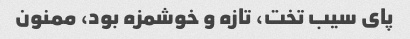
پای سیب تخت، تازه و خوشمزه بود، ممنون